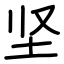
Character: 坚